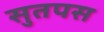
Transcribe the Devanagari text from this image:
सुतपस